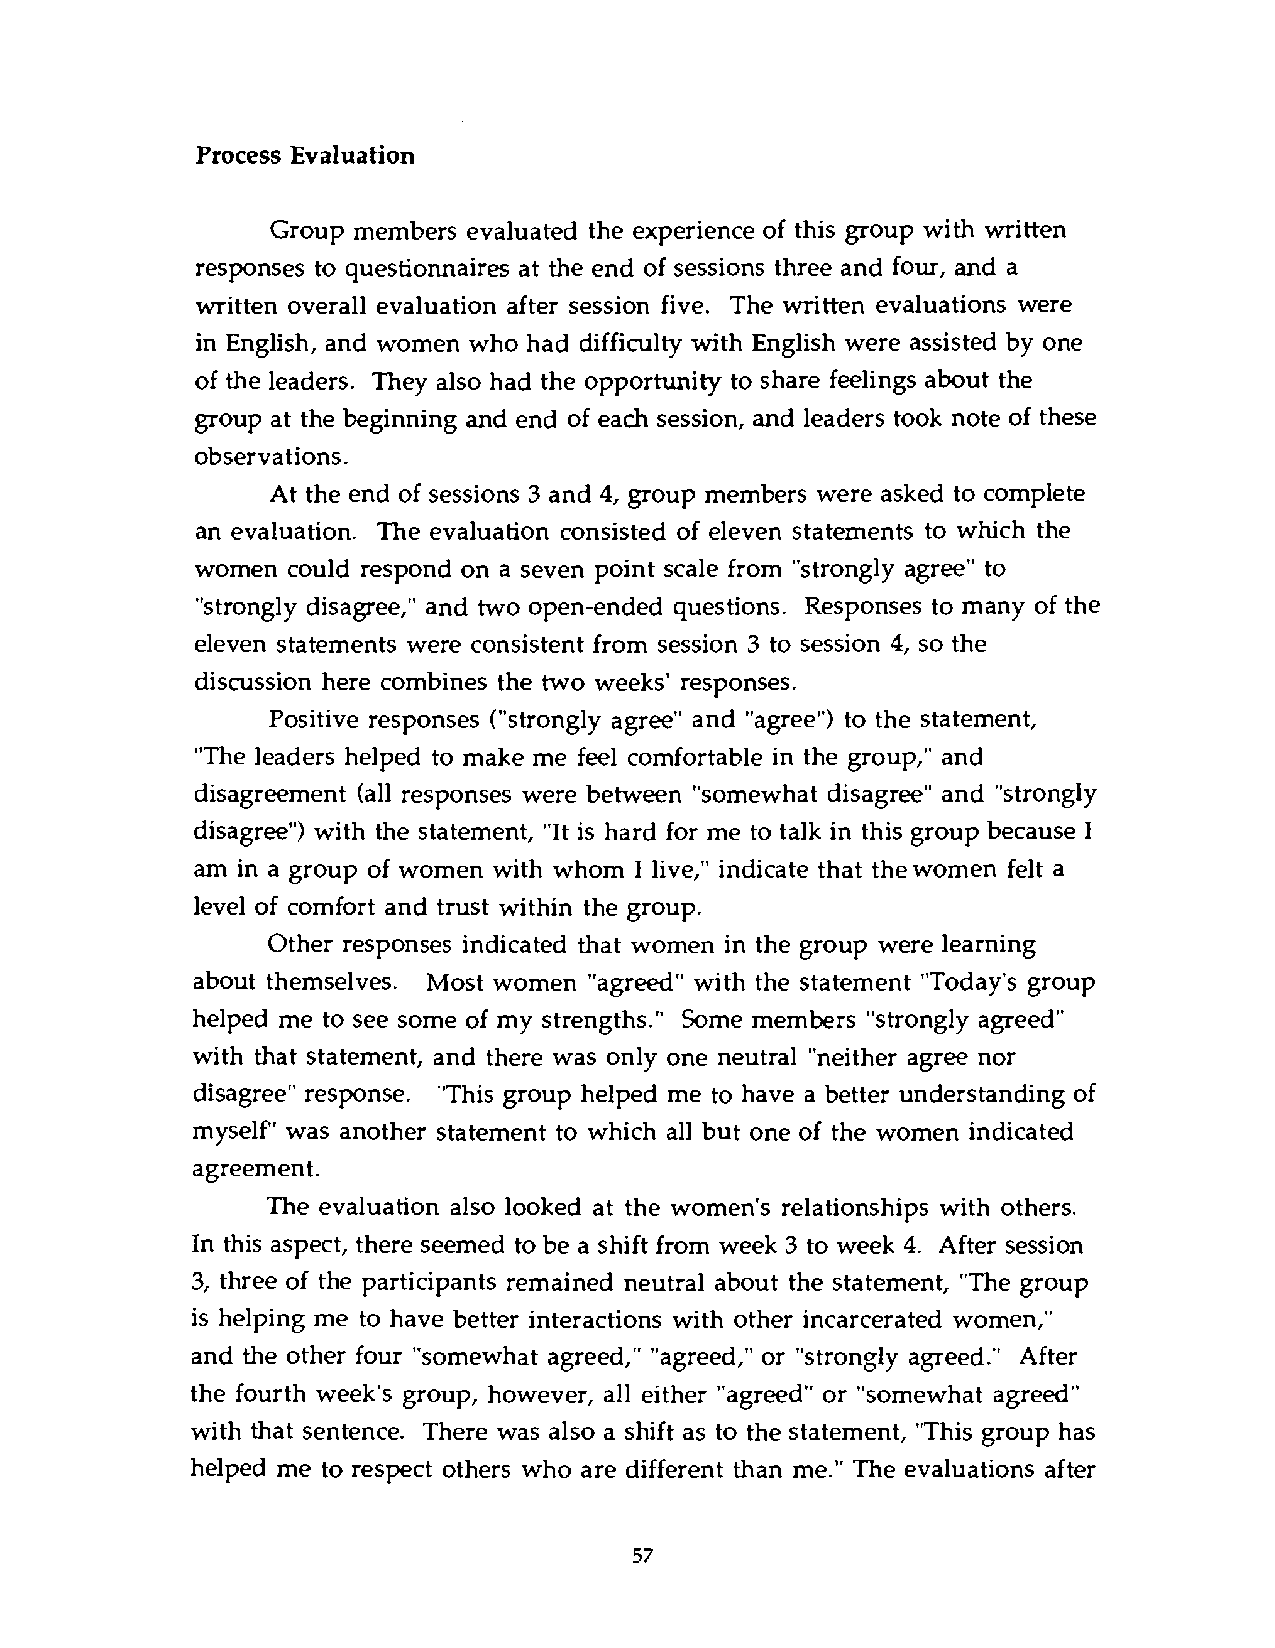
Process Evaluation
 Group members evaluated the experience of this group with written
 responses to questionnaires at the end of sessions three and four, and a
 written overall evaluation after session five. The written evaluations were
 in English, and women who had difficulty with English were assisted by one
 of the leaders. They also had the opportunity to share feelings about the
 group at the beginning and end of each session, and leaders took note of these
 observations.
 At the end of sessions 3 and 4, group members were asked to complete
 an evaluation. The evaluation consisted of eleven statements to which the
 women could respond on a seven point scale from "strongly agree" to
 "strongly disagree," and two open-ended questions. Responses to many of the
 eleven statements were consistent from session 3 to session 4, so the
 discussion here combines the two weeks' responses.
 Positive responses ("strongly agree" and "agree") to the statement,
 "The leaders helped to make me feel comfortable in the group," and
 disagreement (all responses were between "somewhat disagree" and "strongly
 disagree") with the statement, "It is hard for me to talk in this group because I
 am in a group of women with whom I live," indicate that the women felt a
 level of comfort and trust within the group.
 Other responses indicated that women in the group were learning
 about themselves. Most women "agreed" with the statement "Today's group
 helped me to see some of my strengths." Some members "strongly agreed"
 with that statement, and there was only one neutral "neither agree nor
 disagree" response. "This group helped me to have a better understanding of
 myself" was another statement to which all but one of the women indicated
 agreement.
 The evaluation also looked at the women's relationships with others.
 In this aspect, there seemed to be a shift from week 3 to week 4. After session
 3, three of the participants remained neutral about the statement, "The group
 is helping me to have better interactions with other incarcerated women,"
 and the other four "somewhat agreed," "agreed," or "strongly agreed." After
 the fourth week's group, however, all either "agreed" or "somewhat agreed"
 with that sentence. There was also a shift as to the statement, "This group has
 helped me to respect others who are different than me." The evaluations after